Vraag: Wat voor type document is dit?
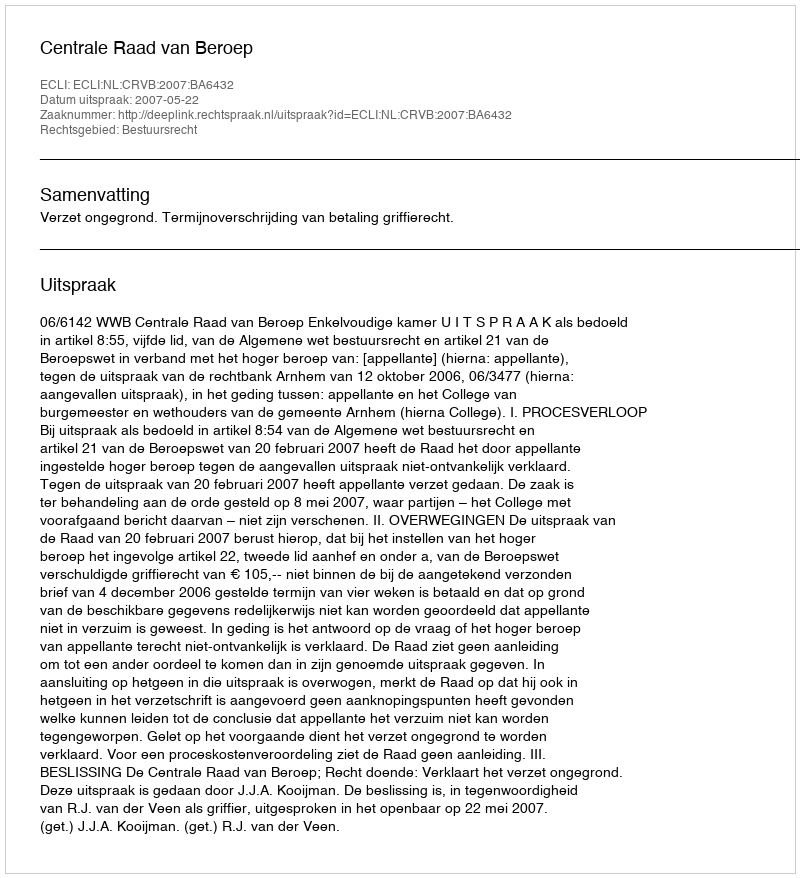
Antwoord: Uitspraak